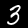
Digit: 3